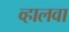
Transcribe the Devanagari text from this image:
व्हालवा